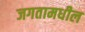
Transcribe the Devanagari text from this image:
जगतामधील